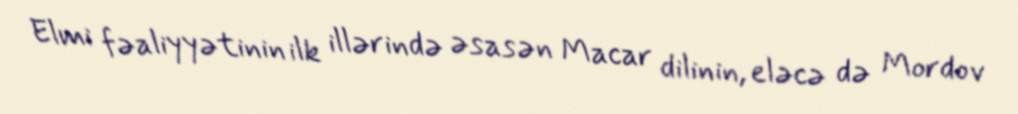
Elmi fəaliyyətinin ilk illərində əsasən Macar dilinin, eləcə də Mordov